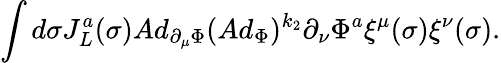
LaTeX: \int d\sigma J_{L}^{a}(\sigma)Ad_{\partial_{\mu}\Phi}(Ad_{\Phi})^{k_{2}}\partial_{\nu}\Phi^{a}\xi^{\mu}(\sigma)\xi^{\nu}(\sigma).